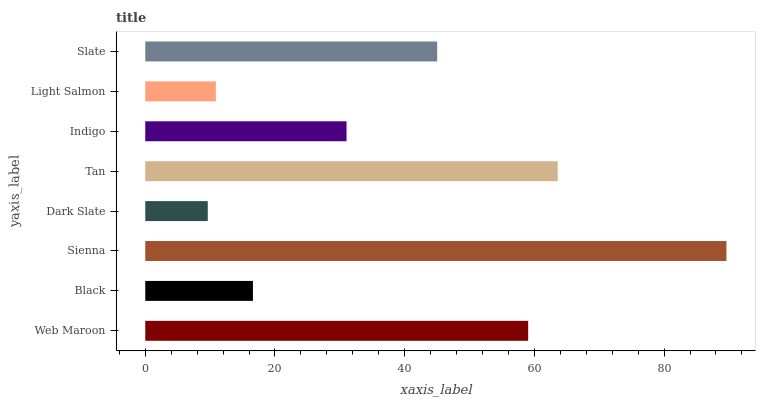
| yaxis_label | bars |
 | --- | --- |
 | Web Maroon | 59 |
 | Black | 16.6 |
 | Sienna | 89.6 |
 | Dark Slate | 9.64 |
 | Tan | 63.6 |
 | Indigo | 31 |
 | Light Salmon | 10.9 |
 | Slate | 45 |